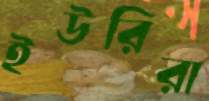
ইউরিরা